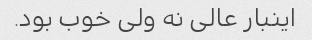
اینبار عالی نه ولی خوب بود.